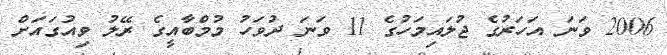
2006 ވަނަ އަހަރުގެ ޖުލައިމަހުގެ 11 ވަނަ ދުވަހު މުމްބާއީގެ ރޭލު ވިއުގައަށް